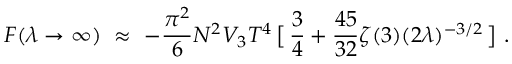
{ } F ( \lambda \to \infty ) ~ \approx ~ - \frac { \pi ^ { 2 } } { 6 } N ^ { 2 } V _ { 3 } T ^ { 4 } \, \big [ \, \frac { 3 } { 4 } + \frac { 4 5 } { 3 2 } \zeta ( 3 ) ( 2 \lambda ) ^ { - 3 / 2 } \, \big ] \ .